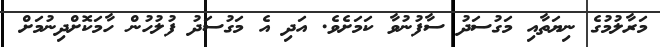
މަރާލުމުގެ ނިޔަތާއި މަގުސަދު ސާފުނުވާ ކަމަށެވެ. އަދި އެ މަގުސަދު ފުލުހުން ހާމަކޮށްދިނުމަށް